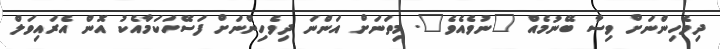
ދިވެހިންނަށް ވިސާ ބޭނުމެއް "ނުވެއެވެ". މިތަނަށް އަންނަ ދިވެހިންނަށް ފަސޭހަކަމާއެކު އޮން އެރައިވަލް